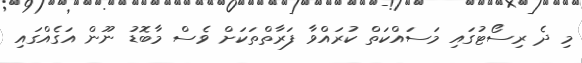
މި ދެ ރިސޯޓުގައި މަސައްކަތް ކުރައްވާ ފަރާތްތަކަށް ވެސް މާބޮޑު ނޫން އަގެއްގައި